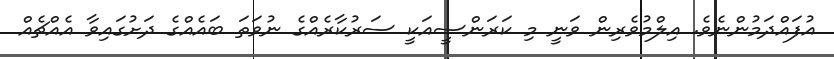
އުފައްދަމުންނެވެ. އިލްމުވެރިން ވަނީ މި ކަރަންސީއަކީ ސަރުކާރެއްގެ ނުވަތަ ބައެއްގެ ދަށުގައިވާ އެއްޗެއް